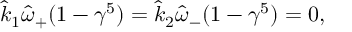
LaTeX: \hat { k } _ { 1 } \hat { \omega } _ { + } ( 1 - \gamma ^ { 5 } ) = \hat { k } _ { 2 } \hat { \omega } _ { - } ( 1 - \gamma ^ { 5 } ) = 0 ,